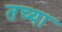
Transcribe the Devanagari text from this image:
तच्या